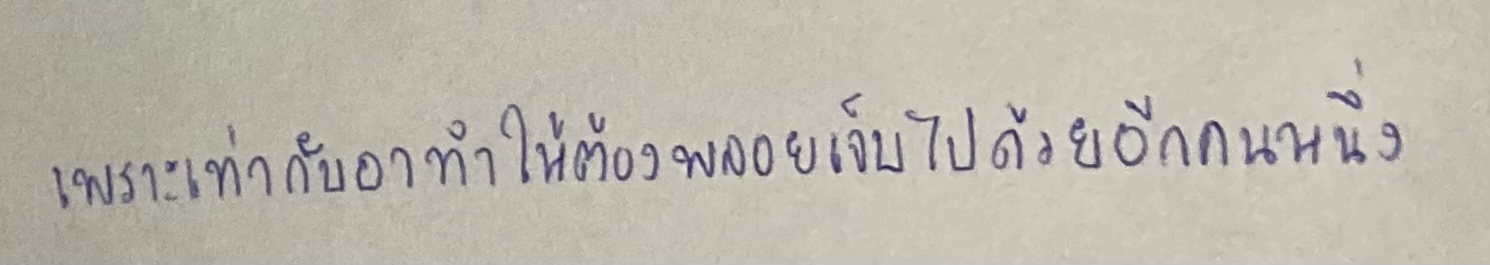
เพราะเท่ากับอาทำให้ต้องพลอยเจ็บปวดไปด้วยอีกคนหนึ่ง"